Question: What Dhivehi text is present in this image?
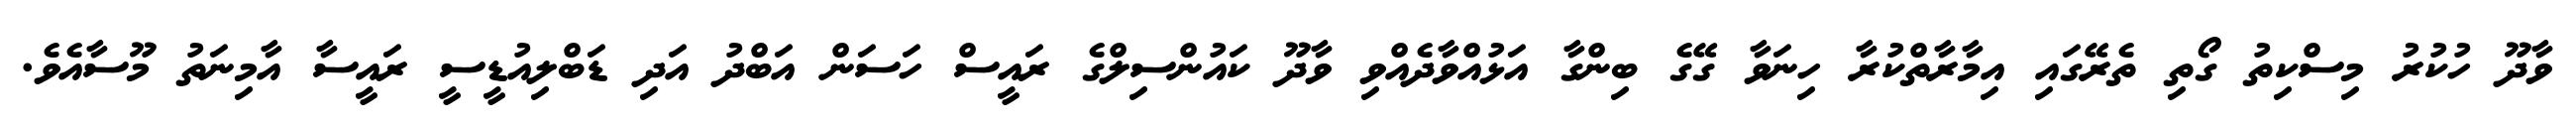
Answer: ވާދޫ ހުކުރު މިސްކިތު ގޯތި ތެރޭގައި އިމާރާތްކުރާ ހިނަވާ ގޭގެ ބިންގާ އަޅުއްވާދެއްވި ވާދޫ ކައުންސިލްގެ ރައީސް ހަސަން އަބްދު އަދި ޑަބްލިއުޑީސީ ރައީސާ އާމިނަތު މޫސާއެވެ.